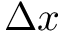
\Delta x